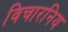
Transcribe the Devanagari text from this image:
विचारनिय